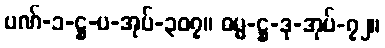
ပဏ်-၁-ဋ္ဌ-ပ-အုပ်-၃၀၇။ ဓမ္မ-ဋ္ဌ-ဒု-အုပ်-၇၂။